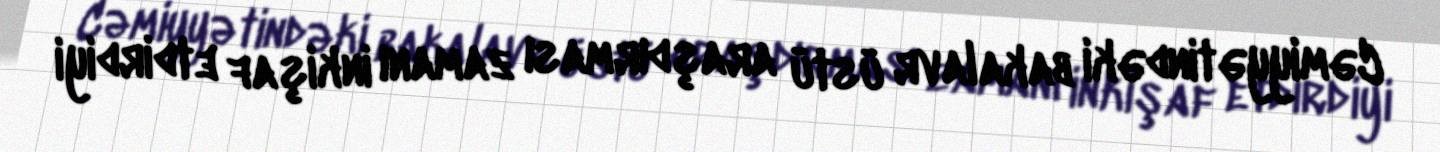
Cəmiyyətindəki bakalavr üstü araşdırması zamanı inkişaf etdirdiyi